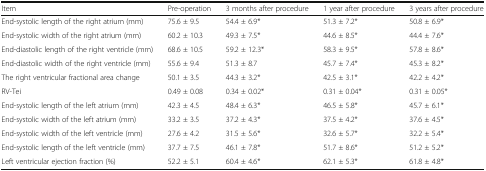
<table><thead><tr><td><b>Item</b></td><td><b>Pre-operation</b></td><td><b>3 months after procedure</b></td><td><b>1 year after procedure</b></td><td><b>3 years after procedure</b></td></tr></thead><tbody><tr><td>End-systolic length of the right atrium (mm)</td><td>75.6 ± 9.5</td><td>54.4 ± 6.9*</td><td>51.3 ± 7.2*</td><td>50.8 ± 6.9*</td></tr><tr><td>End-systolic width of the right atrium (mm)</td><td>60.2 ± 10.3</td><td>49.3 ± 7.5*</td><td>44.6 ± 8.5*</td><td>44.4 ± 7.6*</td></tr><tr><td>End-diastolic length of the right ventricle (mm)</td><td>68.6 ± 10.5</td><td>59.2 ± 12.3*</td><td>58.3 ± 9.5*</td><td>57.8 ± 8.6*</td></tr><tr><td>End-diastolic width of the right ventricle (mm)</td><td>55.6 ± 9.4</td><td>51.3 ± 8.7</td><td>45.7 ± 7.4*</td><td>45.3 ± 8.2*</td></tr><tr><td>The right ventricular fractional area change</td><td>50.1 ± 3.5</td><td>44.3 ± 3.2*</td><td>42.5 ± 3.1*</td><td>42.2 ± 4.2*</td></tr><tr><td>RV-Tei</td><td>0.49 ± 0.08</td><td>0.34 ± 0.02*</td><td>0.31 ± 0.04*</td><td>0.31 ± 0.05*</td></tr><tr><td>End-systolic length of the left atrium (mm)</td><td>42.3 ± 4.5</td><td>48.4 ± 6.3*</td><td>46.5 ± 5.8*</td><td>45.7 ± 6.1*</td></tr><tr><td>End-systolic width of the left atrium (mm)</td><td>33.2 ± 3.5</td><td>37.2 ± 4.3*</td><td>37.5 ± 4.2*</td><td>37.6 ± 4.5*</td></tr><tr><td>End-systolic width of the left ventricle (mm)</td><td>27.6 ± 4.2</td><td>31.5 ± 5.6*</td><td>32.6 ± 5.7*</td><td>32.2 ± 5.4*</td></tr><tr><td>End-systolic length of the left ventricle (mm)</td><td>37.7 ± 7.5</td><td>46.1 ± 7.8*</td><td>51.7 ± 8.6*</td><td>51.2 ± 5.2*</td></tr><tr><td>Left ventricular ejection fraction (%)</td><td>52.2 ± 5.1</td><td>60.4 ± 4.6*</td><td>62.1 ± 5.3*</td><td>61.8 ± 4.8*</td></tr></tbody></table>